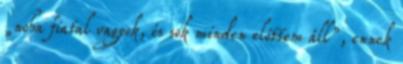
„noha fiatal vagyok, és sok minden előttem áll”, ennek